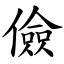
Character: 儉